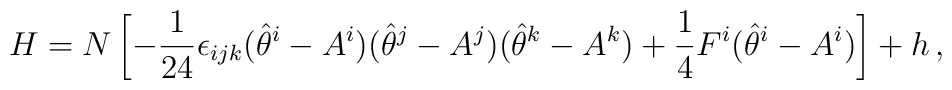
H = N \left[ -\frac{1}{24}\epsilon_{ijk} (\hat \theta^i - A^i)(\hat \theta^j - A^j)(\hat \theta^k - A^k) +\frac{1}{4} F^i (\hat \theta^i - A^i) \right] + h\,,